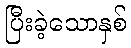
ပြီးခဲ့သောနှစ်